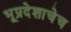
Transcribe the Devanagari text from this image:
भूप्रदेशाचेच